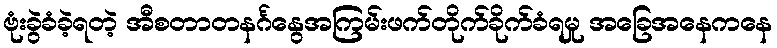
ဗုံးခွဲခံခဲ့ရတဲ့ အီစတာတနင်္ဂနွေအကြမ်းဖက်တိုက်ခိုက်ခံရမှု အခြေအနေကနေ